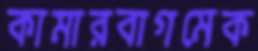
কামারবাগমেক